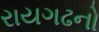
રાયગઢનો